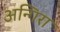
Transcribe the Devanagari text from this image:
अन्गिरा